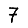
Digit: 7